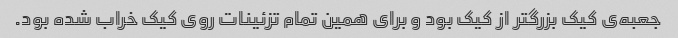
جعبه‌ی کیک بزرگتر از کیک بود و برای همین تمام تزئینات روی کیک خراب شده بود.